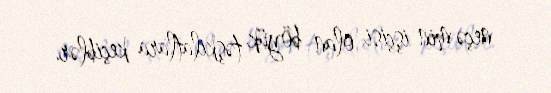
neçə min işçisi olan böyük təşkilatlara keçiblər.